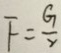
F = \frac { G } { y }